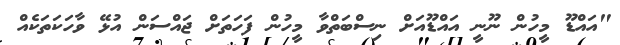
"އައްޑޫ މީހުން ނޫނީ އައްޑޫއަށް ނިސްބަތްވާ މީހުން ފަހަތަށް ޖައްސަން އުޅޭ ވާހަކަތަކެއް